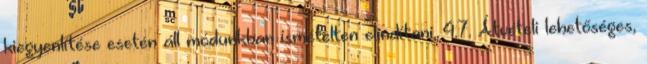
kiegyenlítése esetén áll módunkban ismételten elindítani. 4.7. Átvételi lehetőséges,